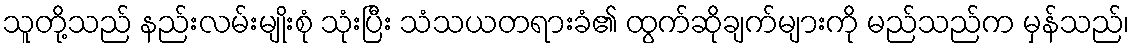
သူတို့သည် နည်းလမ်းမျိုးစုံ သုံးပြီး သံသယတရားခံ၏ ထွက်ဆိုချက်များကို မည်သည်က မှန်သည်၊